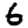
Digit: 6